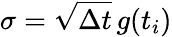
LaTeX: \sigma=\sqrt{\Delta t}\, g(t_{i})